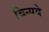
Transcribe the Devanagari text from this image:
चिन्मये